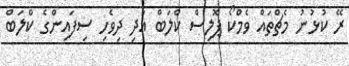
ރޭ ކުޅުނު މެޗްތައް ވެމްކޯ ޕޮލިސް ކްލަބް އަދި ދިވެހި ސިފައިންގެ ކްލަބް